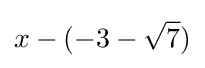
x-(-3-{\sqrt {7}})